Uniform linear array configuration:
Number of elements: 8
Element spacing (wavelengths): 0.75
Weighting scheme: blackman
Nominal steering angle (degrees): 15
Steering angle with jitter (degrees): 14.031
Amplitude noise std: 0.05
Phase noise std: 0.05

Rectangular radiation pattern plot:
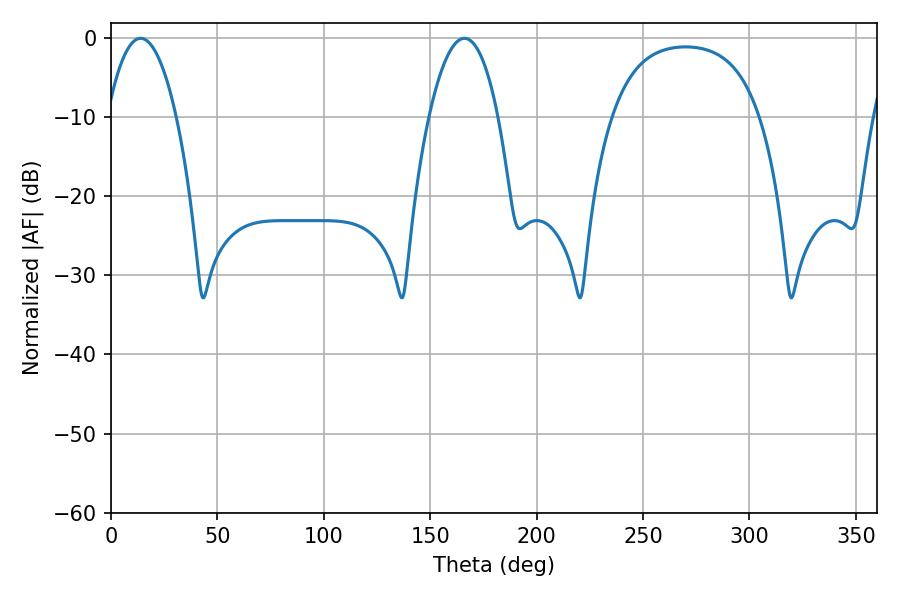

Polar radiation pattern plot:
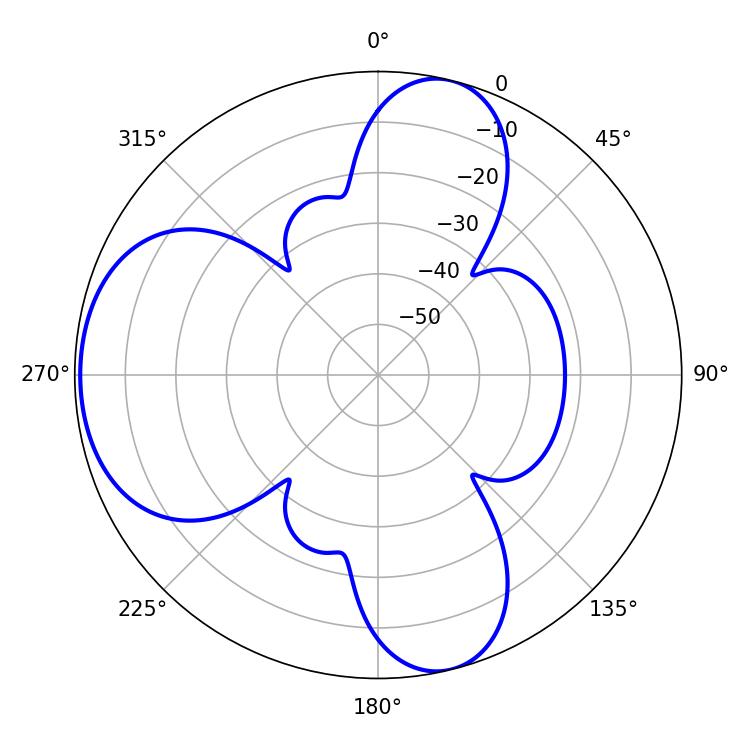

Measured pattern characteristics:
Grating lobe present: TRUE
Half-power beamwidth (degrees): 18
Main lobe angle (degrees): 13.86